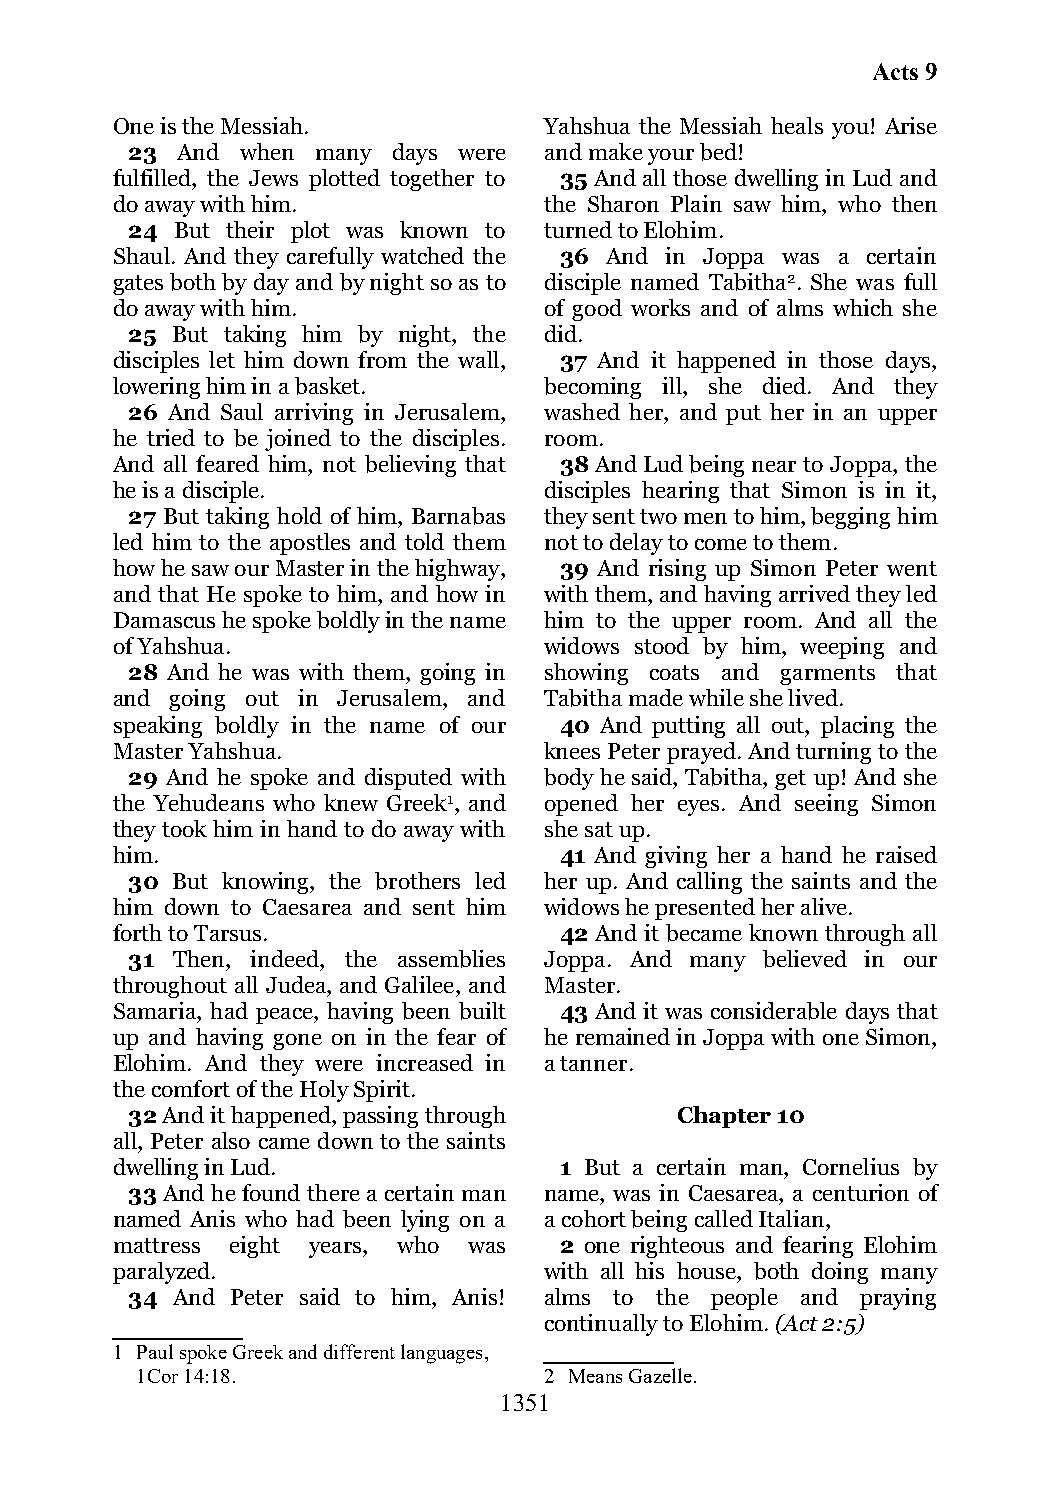
Acts 9
 One is the Messiah.          Yahshua the Messiah heals you! Arise
 23  And when many days were and make your bed!
 fulfilled, the Jews plotted together to 35 And all those dwelling in Lud and
 do away with him.            the Sharon Plain saw him, who then
 24  But their plot was known to turned to Elohim.
 Shaul. And they carefully watched the 36 And in Joppa was a certain
 gates both by day and by night so as to disciple named Tabitha2. She was full
 do away with him.            of good works and of alms which she
 25 But taking him by night, the did.
 disciples let him down from the wall, 37 And it happened in those days,
 lowering him in a basket.    becoming ill, she died. And they
 26 And Saul arriving in Jerusalem, washed her, and put her in an upper
 he tried to be joined to the disciples. room.
 And all feared him, not believing that 38 And Lud being near to Joppa, the
 he is a disciple.            disciples hearing that Simon is in it,
 27 But taking hold of him, Barnabas they sent two men to him, begging him
 led him to the apostles and told them not to delay to come to them.
 how he saw our Master in the highway, 39 And rising up Simon Peter went
 and that He spoke to him, and how in with them, and having arrived they led
 Damascus he spoke boldly in the name him to the upper room. And all the
 of Yahshua.                  widows stood by him, weeping and
 28 And he was with them, going in showing coats and garments that
 and going out in Jerusalem, and Tabitha made while she lived.
 speaking boldly in the name of our 40 And putting all out, placing the
 Master Yahshua.              knees Peter prayed. And turning to the
 29 And he spoke and disputed with body he said, Tabitha, get up! And she
 the Yehudeans who knew Greek1, and opened her eyes. And seeing Simon
 they took him in hand to do away with she sat up.
 him.                          41 And giving her a hand he raised
 30 But knowing, the brothers led her up. And calling the saints and the
 him down to Caesarea and sent him widows he presented her alive.
 forth to Tarsus.              42 And it became known through all
 31 Then, indeed, the assemblies Joppa. And many believed in our
 throughout all Judea, and Galilee, and Master.
 Samaria, had peace, having been built 43 And it was considerable days that
 up and having gone on in the fear of he remained in Joppa with one Simon,
 Elohim. And they were increased in a tanner.
 the comfort of the Holy Spirit.
 32 And it happened, passing through  Chapter 10
 all, Peter also came down to the saints
 dwelling in Lud.              1 But a certain man, Cornelius by
 33 And he found there a certain man name, was in Caesarea, a centurion of
 named Anis who had been lying on a a cohort being called Italian,
 mattress eight years, who was 2 one righteous and fearing Elohim
 paralyzed.                   with all his house, both doing many
 34 And Peter said to him, Anis! alms to the people and praying
 continually to Elohim. (Act 2:5)
 1 Paul spoke Greek and different languages,
 1Cor 14:18.                2 Means Gazelle.
 1351